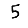
Digit: 5